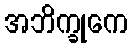
အဘိက္ခုကေ